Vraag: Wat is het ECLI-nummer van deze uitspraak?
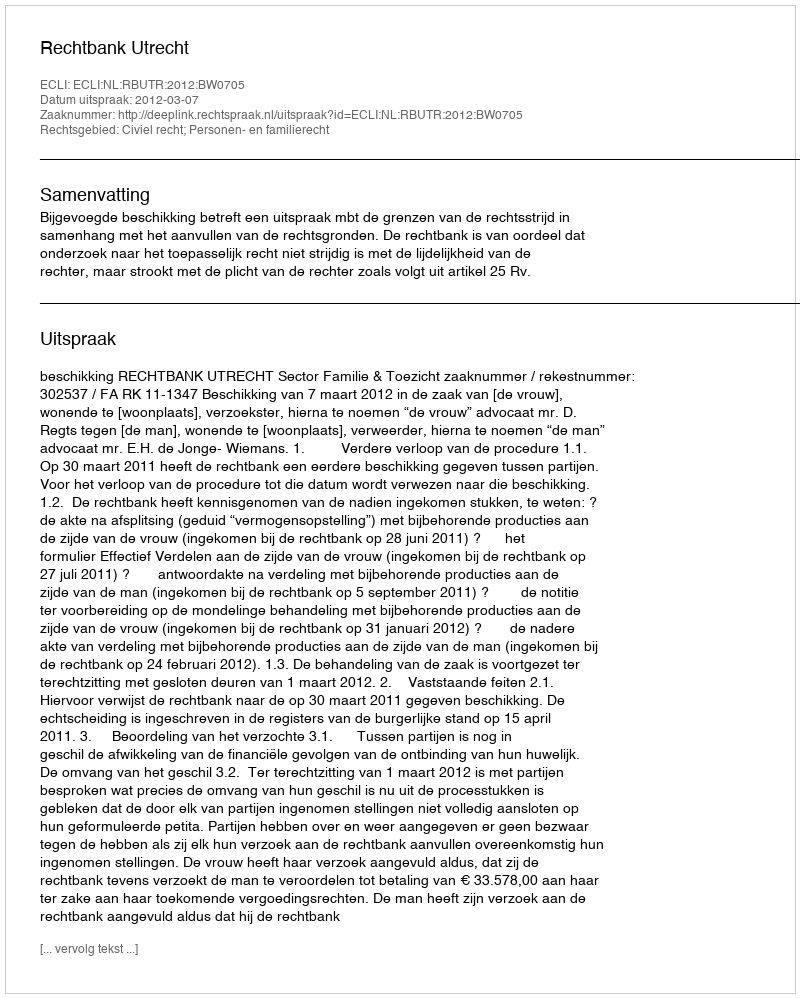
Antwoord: ECLI:NL:RBUTR:2012:BW0705